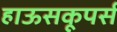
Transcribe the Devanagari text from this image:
हाऊसकूपर्स